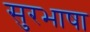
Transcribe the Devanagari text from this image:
सुरभाषा